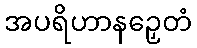
အပရိဟာနဉှေတံ